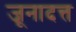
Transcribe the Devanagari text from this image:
जूनादत्त